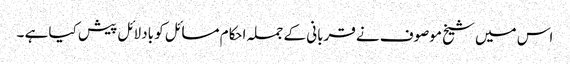
اس میں شیخ موصوف نے قربانی کے جملہ احکام مسائل کو بادلائل پیش کیا ہے ۔